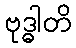
ဗုဒ္ဓါတိ